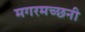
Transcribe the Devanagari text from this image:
मगरमच्छनी